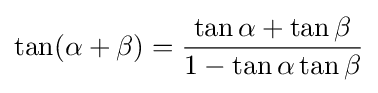
\tan(\alpha +\beta )={\frac {\tan \alpha +\tan \beta }{1-\tan \alpha \tan \beta }}